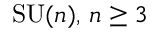
\operatorname { S U } ( n ) , \, n \geq 3